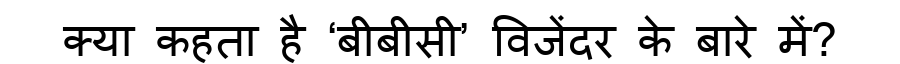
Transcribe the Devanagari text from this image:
क्या कहता है ‘बीबीसी’ विजेंदर के बारे में?